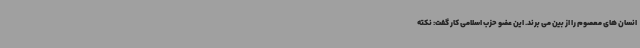
انسان های معصوم را از بین می برند. این عضو حزب اسلامی کار گفت: نکته